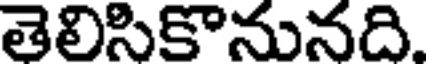
తెలిసికొనునది.